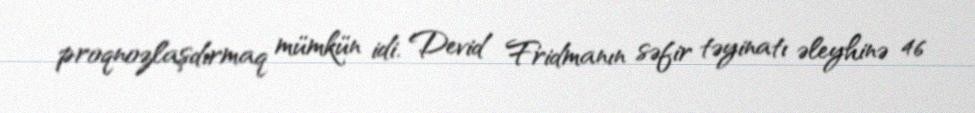
proqnozlaşdırmaq mümkün idi. Devid Fridmanın səfir təyinatı əleyhinə 46